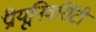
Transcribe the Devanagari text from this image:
प्रीयूनिवर्सिटी